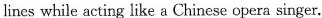
lines while acting like a Chinese opera singer,